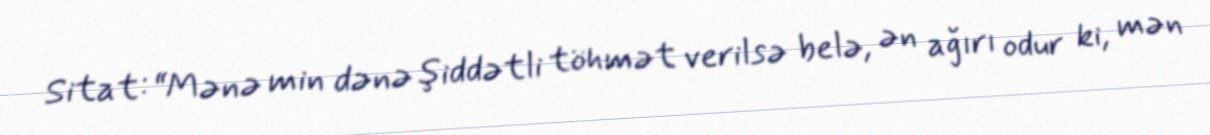
Sitat: “Mənə min dənə şiddətli töhmət verilsə belə, ən ağırı odur ki, mən